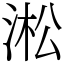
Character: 淞